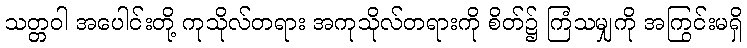
သတ္တဝါ အပေါင်းတို့ ကုသိုလ်တရား အကုသိုလ်တရားကို စိတ်၌ ကြံသမျှကို အကြွင်းမရှိ